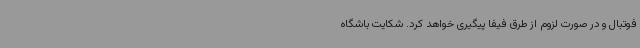
فوتبال و در صورت لزوم از طرق فیفا پیگیری خواهد کرد. شکایت باشگاه